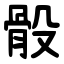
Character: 骰